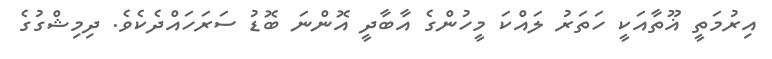
އިރުމަތީ ޣޫތާއަކީ ހަތަރު ލައްކަ މީހުންގެ އާބާދީ އޮންނަ ބޮޑު ސަރަހައްދެކެވެ. ދިމިޝްގުގެ